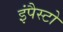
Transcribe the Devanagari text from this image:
इंपैस्टो